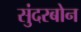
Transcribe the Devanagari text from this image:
सुंदरबोन